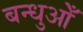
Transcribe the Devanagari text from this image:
बन्धुओँ